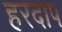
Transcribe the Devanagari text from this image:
हरदाप